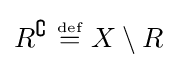
R^{\complement }~{\stackrel {\scriptscriptstyle {\text{def}}}{=}}~X\setminus R